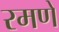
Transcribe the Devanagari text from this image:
रमणे